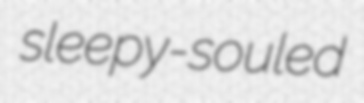
sleepy-souled